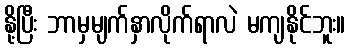
နို့ပြီး ဘာမှမျက်နှာလိုက်ရာလဲ မကျနိုင်ဘူး။